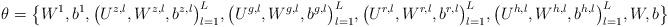
LaTeX: \begin{align*}\theta = \big\{W^1,b^1, \big(U^{z,l},W^{z,l},b^{z,l} \big)^L_{l=1}, \big(U^{g,l},W^{g,l},b^{g,l} \big)^L_{l=1}, \big(U^{r,l},W^{r,l},b^{r,l} \big)^L_{l=1}, \big(U^{h,l},W^{h,l},b^{h,l} \big)^L_{l=1},W,b \big\}\end{align*}